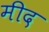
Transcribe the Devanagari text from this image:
मीद